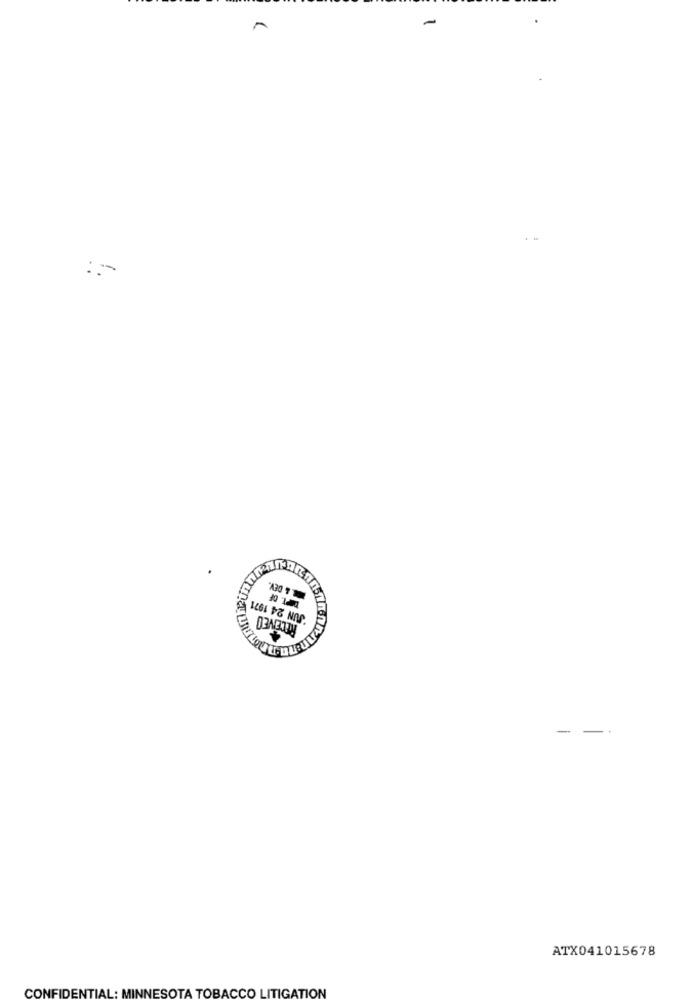
-
JUN 24 1971
REDENED
- --
ATX041015678
CONFIDENTIAL: MINNESOTA TOBACCO LITIGATION